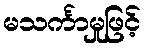
မသင်္ကာမှုဖြင့်